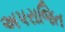
અપરાજિત